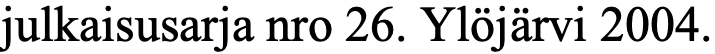
julkaisusarja nro 26. Ylöjärvi 2004.